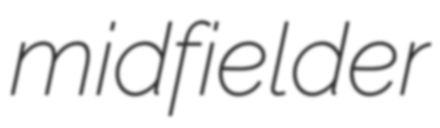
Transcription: midfielder